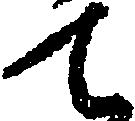
て